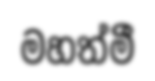
මහත්මී